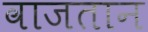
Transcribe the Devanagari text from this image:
वाजतान